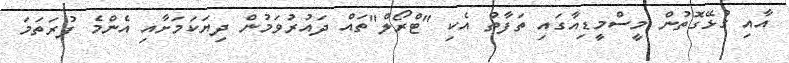
އާއި ގުޅޭގޮތުން މީސްމީޑިއާގައި ތަފާތު އެކި "ޓްރޯލް"ތައް ދައުރުވަމުން ދިޔަކަމަށާއި އެންމެ ފުރަތަމަ